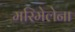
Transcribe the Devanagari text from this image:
मरिमेलेना